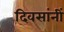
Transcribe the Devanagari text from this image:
दिवसांनीं